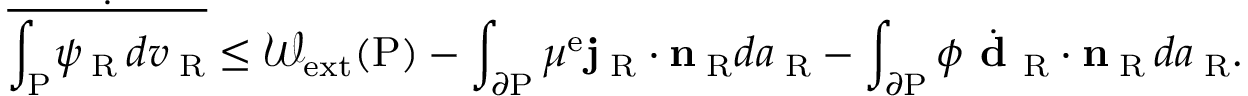
\dot { \overline { { \int _ { \mathrm { P } } \! \psi _ { \mathrm { \tiny ~ R } } \, d v _ { \mathrm { \tiny ~ R } } } } } \le \mathcal { W } _ { \mathrm { e x t } } ( \mathrm { P } ) - \int _ { \partial \mathrm { P } } \mu ^ { \mathrm { e } } { \bf j } _ { \mathrm { \tiny ~ R } } \cdot { \bf n } _ { \mathrm { \tiny ~ R } } d a _ { \mathrm { \tiny ~ R } } - \int _ { \partial \mathrm { P } } \phi \dot { \textbf { d } } _ { \mathrm { R } } \cdot { \bf n } _ { \mathrm { \tiny ~ R } } \, d a _ { \mathrm { \tiny ~ R } } .